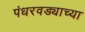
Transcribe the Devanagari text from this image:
पंधरवड्याच्या